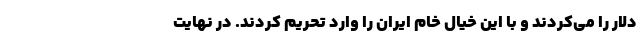
دلار را می‌کردند و با این خیال خام ایران را وارد تحریم کردند. در نهایت